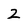
Character: 2